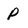
Character: P